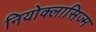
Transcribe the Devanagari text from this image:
नियोक्लासिज्म